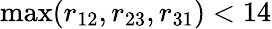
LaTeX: \operatorname*{max}(r_{12},r_{23},r_{31})<14